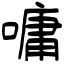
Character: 嘃